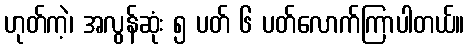
ဟုတ်ကဲ့၊ အလွန်ဆုံး ၅ ပတ် ၆ ပတ်လောက်ကြာပါတယ်။